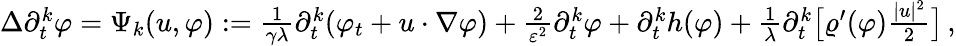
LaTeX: \begin{array}{r}{\Delta\partial_{t}^{k}\varphi=\Psi_{k}(u,\varphi):=\frac{1}{\gamma\lambda}\partial_{t}^{k}(\varphi_{t}+u\cdot\nabla\varphi)+\frac{2}{\varepsilon^{2}}\partial_{t}^{k}\varphi+\partial_{t}^{k}h(\varphi)+\frac{1}{\lambda}\partial_{t}^{k}\big[\varrho^{\prime}(\varphi)\frac{|u|^{2}}{2}\big]\, ,}\end{array}